Sanitation, dispensaries and jails vaccination Rajputana 1922-1927 - 1922-1927
Year: 1922
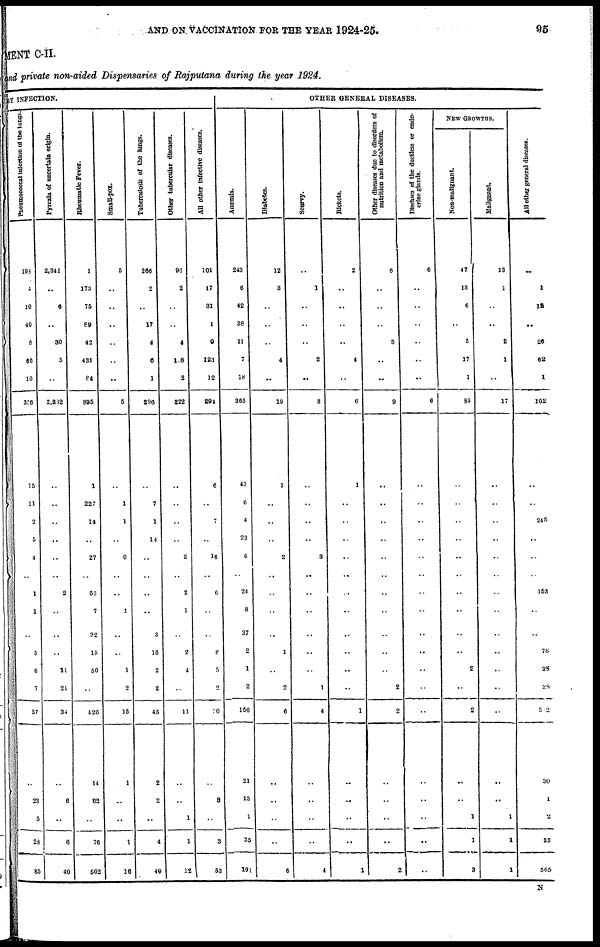
AND ON VACCINATION FOR THE YEAR 1924-25.
95
MENT C-II.
and private non-aided Dispensaries of Rajputana during the year 1924.
BY INFECTION.
Pneumococcal infection of the lungs.
198
4
10
40
8
66
10
326
15
11
2
5
4
..
1
1
..
5
6
7
57
..
23
5
23
85
Pyrexia of uncertain origin.
2,341
..
6
..
30
5
..
2,382
..
..
..
..
..
..
2
..
..
..
11
21
34
..
6
..
6
40
Rheumatic Fever.
1
173
75
89
42
431
84
895
1
227
14
..
27
..
53
7
32
15
50
..
426
14
82
..
76
602
Small-pox.
5
..
..
..
..
..
..
5
..
1
1
..
9
..
..
1
..
..
1
2
15
1
..
..
1
16
Tuberculosis of the lungs.
266
2
..
17
4
6
1
296
7
1
14
..
..
..
..
3
16
2
2
45
2
2
..
4
49
Other tubercular diseases.
93
2
..
..
4
108
2
222
..
..
..
..
2
..
2
1
..
2
4
..
11
..
..
1
1
12
All other infective diseases.
101
17
31
1
9
123
12
294
6
..
7
..
16
..
6
..
..
8
5
2
50
..
3
..
3
53
OTHER GENERAL DISEASES.
Anæmia.
243
6
42
38
11
7
18
365
43
6
4
23
6
..
24
8
37
2
1
2
156
21
13
1
35
191
Diabetes.
12
3
..
..
..
4
..
19
1
..
..
..
2
..
..
..
..
1
..
2
6
..
..
..
..
6
Scurvy.
..
1
..
..
..
2
..
3
..
..
..
..
3
..
..
..
..
..
..
1
4
..
..
..
..
4
Rickets.
2
..
..
..
..
4
..
6
1
..
..
..
..
..
..
..
..
..
..
..
1
..
..
..
..
1
Other diseases due to disorders of
nutrition and metabolism.
6
..
..
..
3
..
..
9
..
..
..
..
..
..
..
..
..
..
2
2
..
..
..
..
2
Diseases of the ductless or endo-
crine glands.
6
..
..
..
..
..
..
6
..
..
..
..
..
..
..
..
..
..
..
..
..
..
..
..
..
..
NEW GROWTHS.
Non-malignant.
47
13
6
..
5
17
1
39
..
..
..
..
..
..
..
..
..
..
2
..
2
..
..
1
1
3
Malignant.
13
1
..
..
2
1
..
17
..
..
..
..
..
..
..
..
..
..
..
..
..
..
..
1
1
1
All other general diseases.
..
1
12
..
26
62
1
102
..
..
245
..
..
..
153
..
..
78
23
28
502
30
1
2
33
565
N